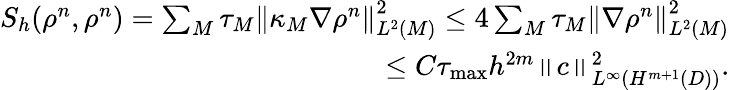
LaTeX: \begin{array}{r}{S_{h}(\rho^{n},\rho^{n})=\sum_{M}\tau_{M}\left\Vert\kappa_{M}\nabla\rho^{n}\right\Vert_{L^{2}(M)}^{2}\leq 4\sum_{M}\tau_{M}\left\Vert\nabla\rho^{n}\right\Vert_{L^{2}(M)}^{2}}\\ {\leq C\tau_{\operatorname*{max}}h^{2m}\left\Vert c\right\Vert_{L^{\infty}\left(H^{m+1}(D)\right)}^{2}.}\end{array}